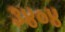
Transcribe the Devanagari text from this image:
३४०४